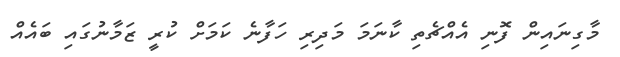
މާގިނައިން ފޮނި އެއްޗެތި ކާނަމަ މަދިރި ހަފާނެ ކަމަށް ކުރީ ޒަމާނުގައި ބައެއް